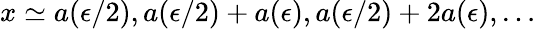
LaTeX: x\simeq a(\epsilon/2),a(\epsilon/2)+a(\epsilon),a(\epsilon/2)+2a(\epsilon),\ldots